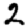
Digit: 2